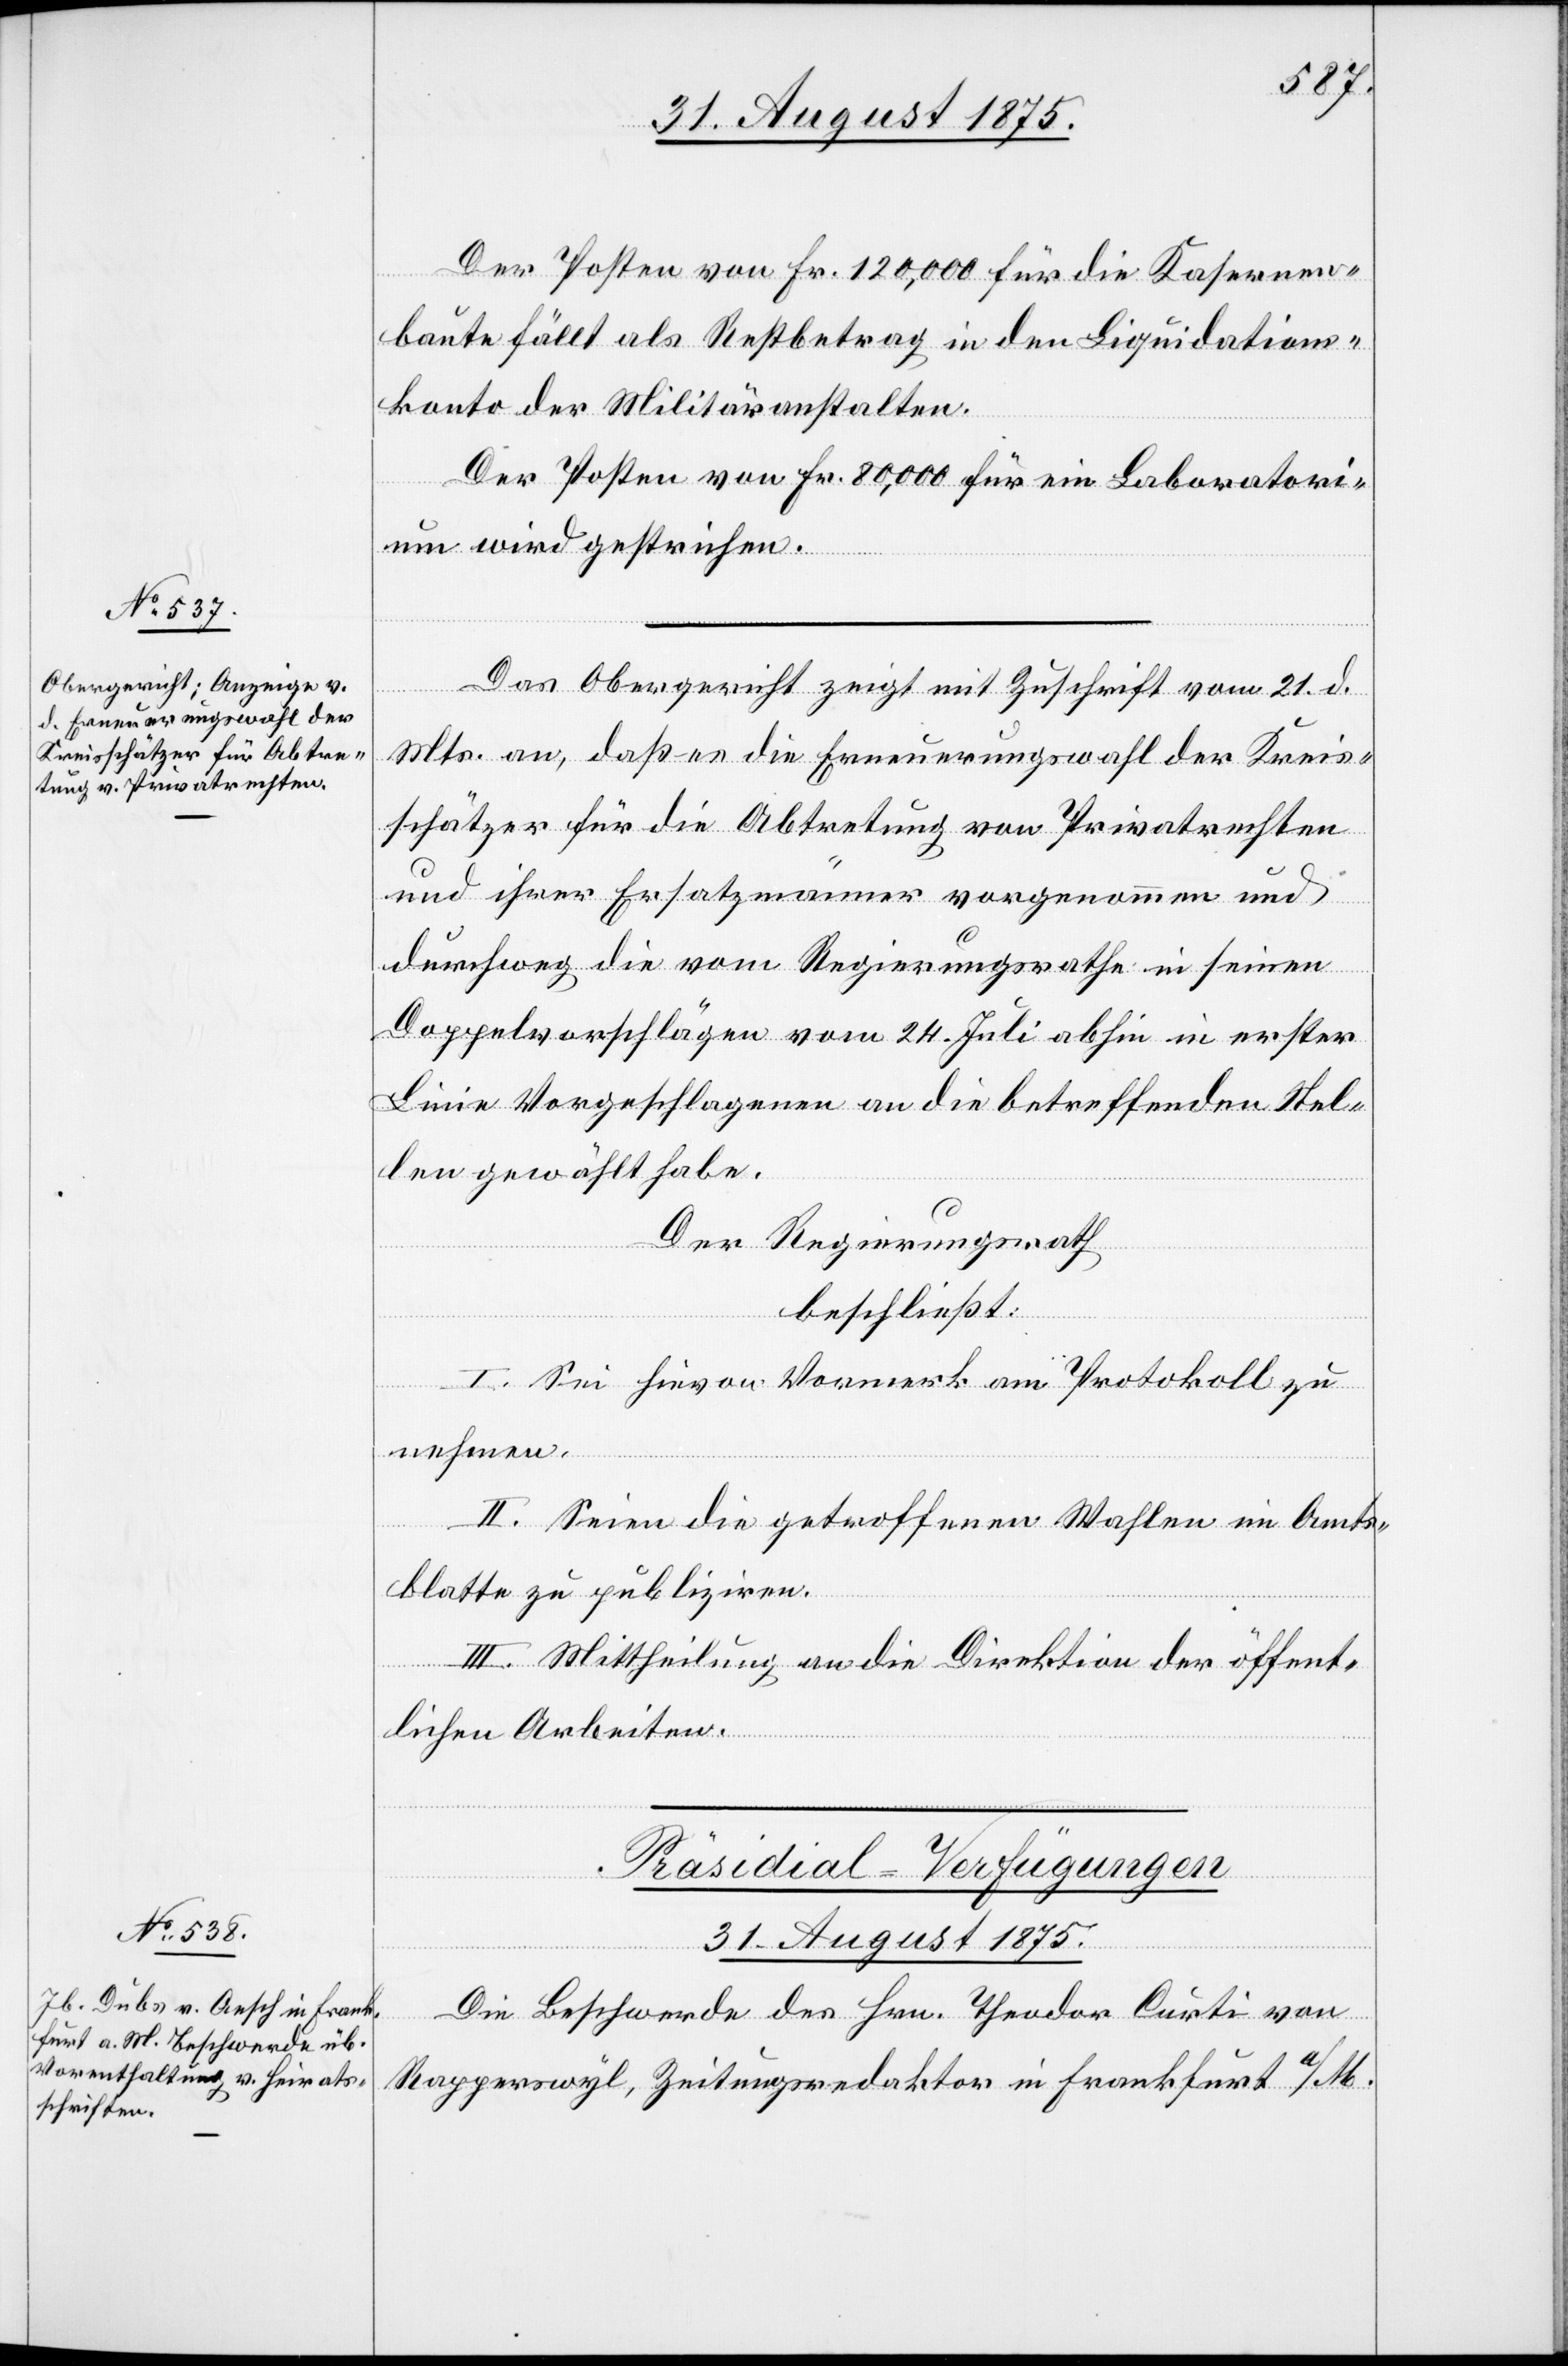
Der Posten von Fr. 120,000 für die Kasernen¬
baute fällt als Restbetrag in den [sic!] Liquidations¬
konto der Militäranstalten.
Die Posten von Fr. 80,000 für ein Laboratori¬
um wird gestrichen.
Das Obergericht zeigt mit Zuschrift vom 21. d.
Mts. an, daß es die Erneuerungswahl der Kreis¬
schätzer für die Abtretung von Privatrechten
und ihrer Ersatzmänner vorgenommen und
durchweg die vom Regierungsrathe in seinen
Doppelvorschlägen vom 24. Juli abhin in erster
Linie Vorgeschlagenen an die betreffenden Stel¬
len gewählt habe.
Der Regierungsrath
beschließt:
I. Sie hievon Vormerk am Protokoll zu
nehmen.
II. Seien die getroffenen Wahlen im Amts¬
blatte zu publiziren.
III. Mittheilung an die Direktion der öffent¬
lichen Arbeiten.
Präsidial-Verfügungen
31. August 1875.
Die Beschwerde des Hrn. Theodor Curti von
Rapperswyl, Zeitungsredaktor in Frankfurt a/M.